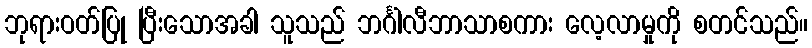
ဘုရားဝတ်ပြု ပြီးသောအခါ သူသည် ဘင်္ဂါလီဘာသာစကား လေ့လာမှုကို စတင်သည်။